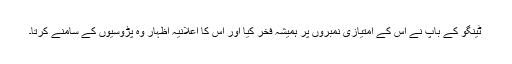
ٹینگو کے باپ نے اس کے امتیازی نمبروں پر ہمیشہ فخر کیا اور اس کا اعلانیہ اظہار وہ پڑوسیوں کے سامنے کرتا۔